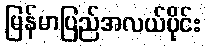
မြန်မာပြည်အလယ်ပိုင်း